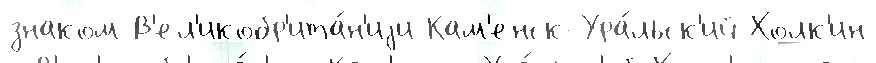
знаком В'ел'икобр'ита́н'иjи Кам'енск-Ура́льск'ий Холк'ин